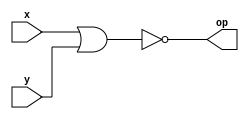

module norGate(x, y, op);
input x, y;
output op;
assign op = ~(x|y);
endmodule